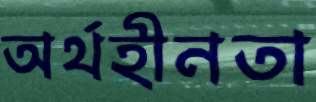
অর্থহীনতা